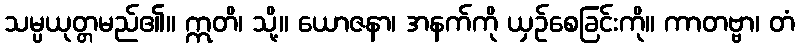
သမ္ပယုတ္တမည်၏။ ဣတိ၊ သို့။ ယောဇနာ၊ အနက်ကို ယှဉ်စေခြင်းကို။ ကာတဗ္ဗာ၊ တံ